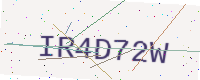
Text: IR4D72W